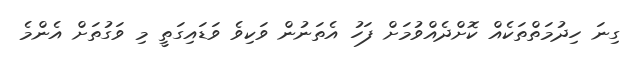
ގިނަ ހިދުމަތްތަކެއް ކޮށްދެއްވުމަށް ފަހު އެތަނުން ވަކިވެ ވަޑައިގަތީ މި ވަގުތަށް އެންމެ